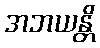
အဘယန္တိ